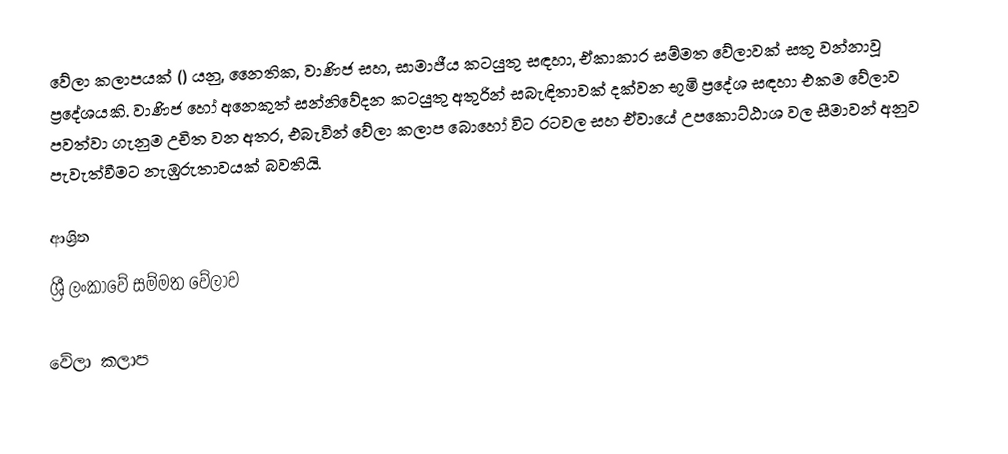
වේලා කලාපයක් () යනු,  නෛතික, වාණිජ සහ, සාමාජීය කටයුතු සඳහා,  ඒකාකාර සම්මත වේලාවක්  සතු වන්නාවූ ප්‍රදේශයකි. වාණිජ හෝ අනෙකුත් සන්නිවේදන කටයුතු අතුරින් සබැඳිතාවක් දක්වන භූමි ප්‍රදේශ සඳහා එකම වේලාව පවත්වා ගැනුම උචිත වන අතර, එබැවින් වේලා කලාප බොහෝ විට රටවල සහ ඒවායේ උපකොට්ඨාශ වල සීමාවන් අනුව පැවැත්වීමට නැඹුරුතාවයක් බවතියි.

ආශ්‍රිත
 ශ්‍රී ලංකාවේ සම්මත වේලාව

වේලා කලාප